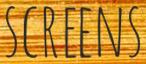
SCREENS